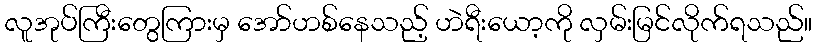
လူအုပ်ကြီးတွေကြားမှ အော်ဟစ်နေသည့် ဟဲရီးယော့ကို လှမ်းမြင်လိုက်ရသည်။